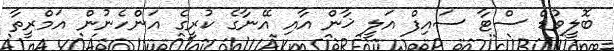
ބޮލީވުޑް ސްޓާ ސައިފް އަލީ ޚާން އާއި އޭނާގެ ކުރީގެ އަންހެނުން އަމްރީތާ